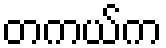
တကယ်က